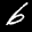
Label: 6